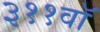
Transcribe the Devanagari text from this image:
३११वॉ